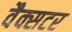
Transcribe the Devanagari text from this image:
वैक्सटर